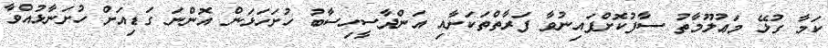
ކަމާ ގުޅޭ މަޢުލޫމާތު ސާފުކޮށްފައިނުވާ ފަރާތްތަކަށާއި އަންދާސީހިސާބު ހުށަހަޅަން އޮންނަ ގަޑިއަށް ހުށަނާޅުއްވާ